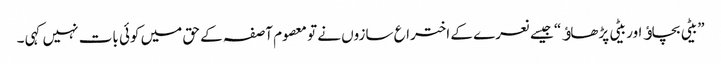
”بیٹی بچاﺅ اور بیٹی پڑھاﺅ“ جیسے نعرے کے اختراع سازوں نے تو معصوم آصفہ کے حق میں کوئی بات نہیں کہی ۔